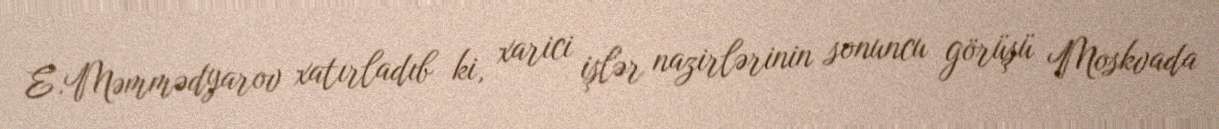
E.Məmmədyarov xatırladıb ki, xarici işlər nazirlərinin sonuncu görüşü Moskvada